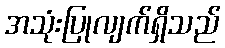
အသုံးပြုလျက်ရှိသည်